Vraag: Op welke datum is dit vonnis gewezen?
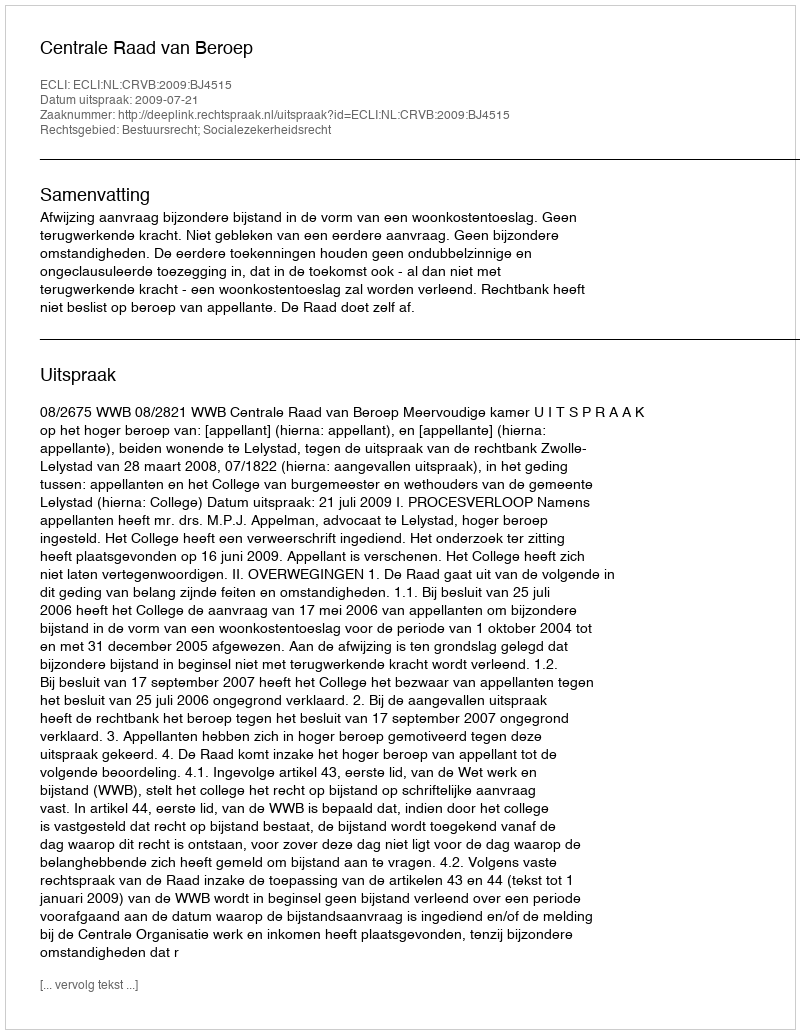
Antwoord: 2009-07-21